Malarial fevers
Disease focus: Malaria
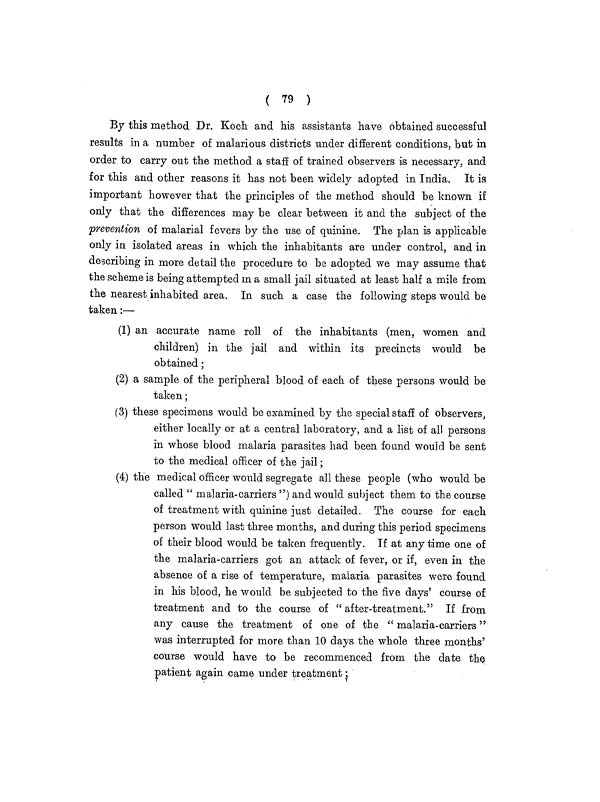
( 79 )
By this method Dr. Koch and his assistants have obtained successful
results in a number of malarious districts under different conditions, but in
order to carry out the method a staff of trained observers is necessary, and
for this and other reasons it has not been widely adopted in India. It is
important however that the principles of the method should be known if
only that the differences may be clear between it and the subject of the
prevention of malarial fevers by the use of quinine. The plan is applicable
only in isolated areas in which the inhabitants are under control, and in
describing in more detail the procedure to be adopted we may assume that
the scheme is being attempted in a small jail situated at least half a mile from
the nearest inhabited area. In such a case the following steps would be
taken:—
(1) an accurate name roll of the inhabitants (men, women and
children) in the jail and within its precincts would be
obtained;
(2) a sample of the peripheral blood of each of these persons would be
taken;
(3) these specimens would be examined by the special staff of observers,
either locally or at a central laboratory, and a list of all persons
in whose blood malaria parasites had been found would be sent
to the medical officer of the jail;
(4) the medical officer would segregate all these people (who would be
called " malaria-carriers ") and would subject them to the course
of treatment with quinine just detailed. The course for each
person would last three months, and during this period specimens
of their blood would be taken frequently. If at any time one of
the malaria-carriers got an attack of fever, or if, even in the
absence of a rise of temperature, malaria parasites were found
in his blood, he would be subjected to the five days' course of
treatment and to the course of "after-treatment." If from
any cause the treatment of one of the " malaria-carriers"
was interrupted for more than 10 days the whole three months'
course would have to be recommenced from the date the
patient again came under treatment •